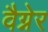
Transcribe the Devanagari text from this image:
वैग्नेर